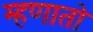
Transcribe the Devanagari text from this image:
म्हणातो